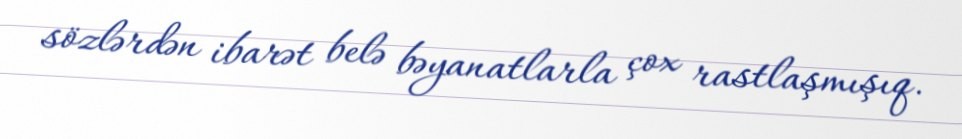
sözlərdən ibarət belə bəyanatlarla çox rastlaşmışıq.